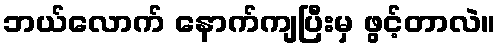
ဘယ်လောက် နောက်ကျပြီးမှ ဖွင့်တာလဲ။